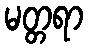
မတ္တရာ